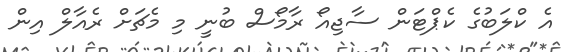
އެ ކްލަބުގެ ކެޕްޓަން ސާޖިއޯ ރާމޯސް ބުނީ މި މެޗަށް ރެއާލް އިން